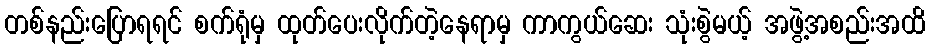
တစ်နည်းပြောရရင် စက်ရုံမှ ထုတ်ပေးလိုက်တဲ့နေရာမှ ကာကွယ်ဆေး သုံးစွဲမယ့် အဖွဲ့အစည်းအထိ